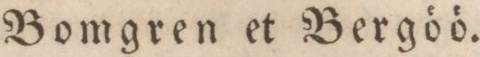
Bomgren et Bergöö.